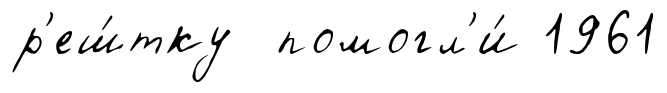
р'еш́тку помогл'и́ 1961